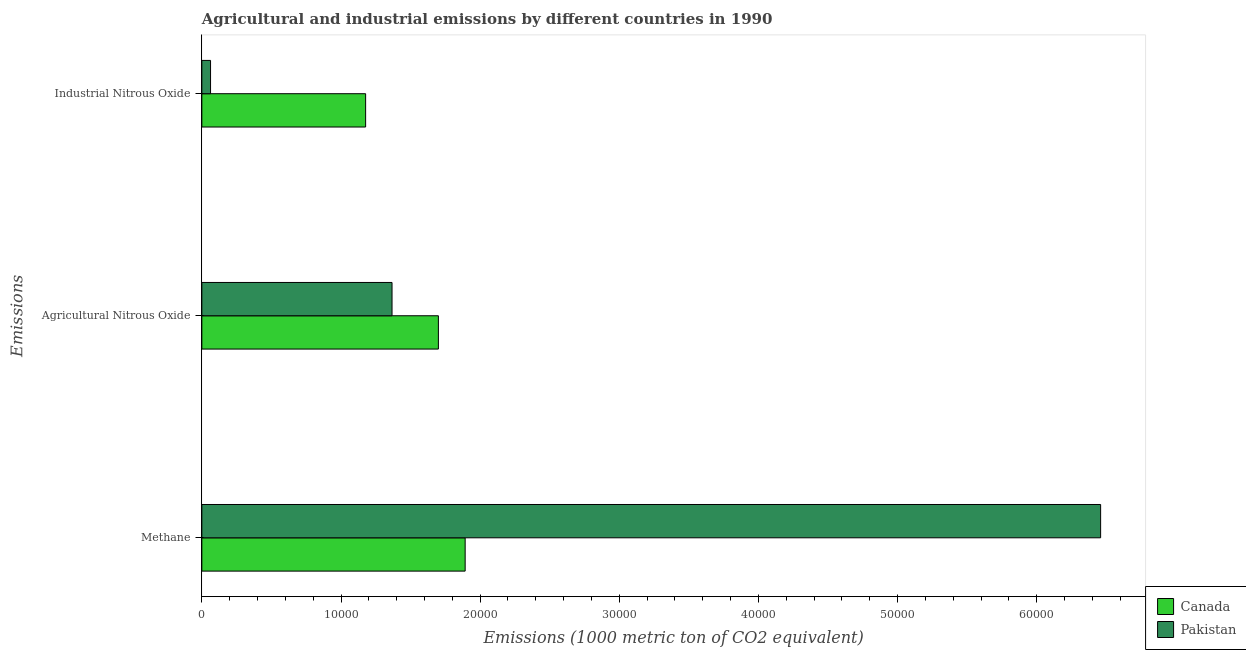
| Emissions | Canada | Pakistan |
 | --- | --- | --- |
 | Methane | 1.89e+04 | 6.46e+04 |
 | Agricultural Nitrous Oxide | 1.7e+04 | 1.37e+04 |
 | Industrial Nitrous Oxide | 1.18e+04 | 625 |